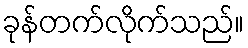
ခုန်တက်လိုက်သည်။